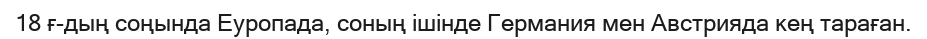
18 ғ-дың соңында Еуропада, соның ішінде Германия мен Австрияда кең тараған.